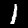
Label: 1